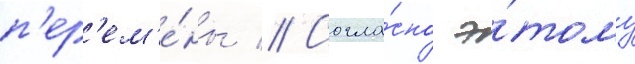
п'ер'ем'е́ны // Согла́сно э́тому